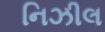
નિઝીલ